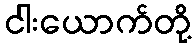
ငါးယောက်တို့